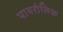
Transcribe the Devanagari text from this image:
पायरोलिक